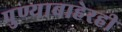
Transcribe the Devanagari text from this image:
पुण्याबाहेरही